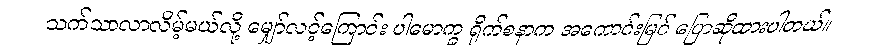
သက်သာလာလိမ့်မယ်လို့ မျှော်လင့်ကြောင်း ပါမောက္ခ ရိုက်စနာက အကောင်းမြင် ပြောဆိုထားပါတယ်။